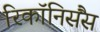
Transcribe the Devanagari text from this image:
रिकॉनिसैंस